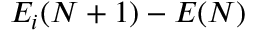
E _ { i } ( N + 1 ) - E ( N )